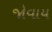
જોવાય